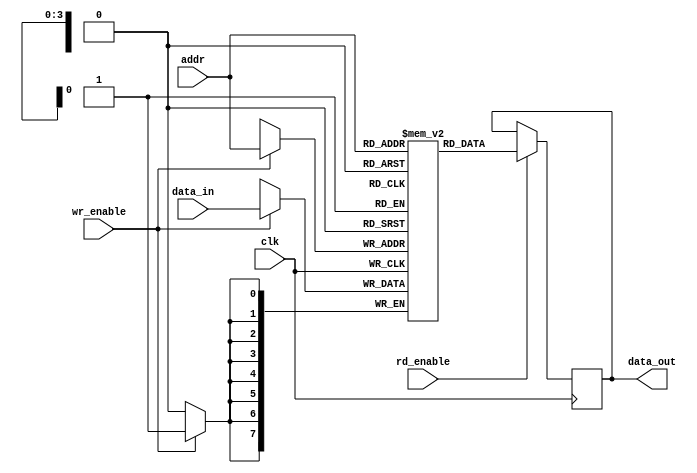
module pipeline_ram #(
    parameter ADDR_WIDTH = 4,  // Address width (4 bits for 16 addresses)
    parameter DATA_WIDTH = 8    // Data width (8 bits for each memory cell)
)(
    input wire clk,                             // Clock signal
    input wire wr_enable,                       // Write enable signal
    input wire rd_enable,                       // Read enable signal
    input wire [ADDR_WIDTH-1:0] addr,          // Address input
    input wire [DATA_WIDTH-1:0] data_in,       // Data input for write operation
    output reg [DATA_WIDTH-1:0] data_out       // Data output for read operation
);

    // Memory array, 16 locations of 8 bits
    reg [DATA_WIDTH-1:0] mem_array [0:(1<<ADDR_WIDTH)-1];

    // Data buffer for pipeline operation
    reg [DATA_WIDTH-1:0] data_buffer; 

    always @(posedge clk) begin
        // Write operation
        if (wr_enable) begin
            mem_array[addr] <= data_in;  // Write data into memory
        end

        // Read operation
        if (rd_enable) begin
            data_out <= mem_array[addr]; // Read data from memory
        end
    end

    // Additional buffers for pipelining can be added here
    always @(posedge clk) begin
        if (wr_enable) begin
            data_buffer <= mem_array[addr];
        end
    end

    // Optional error detection (parity check for simplicity)
    wire error;
    assign error = ^data_out; // Simple parity check (even parity)

    // Error handling could be upgraded to include correction in future expansions
endmodule